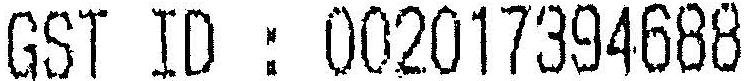
GST ID : 002017394688